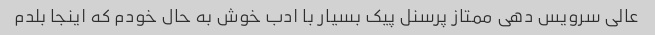
عالی سرویس دهی ممتاز پرسنل پیک بسیار با ادب خوش به حال خودم که اینجا بلدم